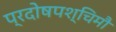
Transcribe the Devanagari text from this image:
प्रदोषपश्चिमौ